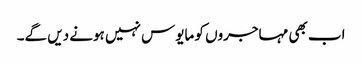
اب بھی مہاجروں کو مایوس نہیں ہونے دیں گے۔